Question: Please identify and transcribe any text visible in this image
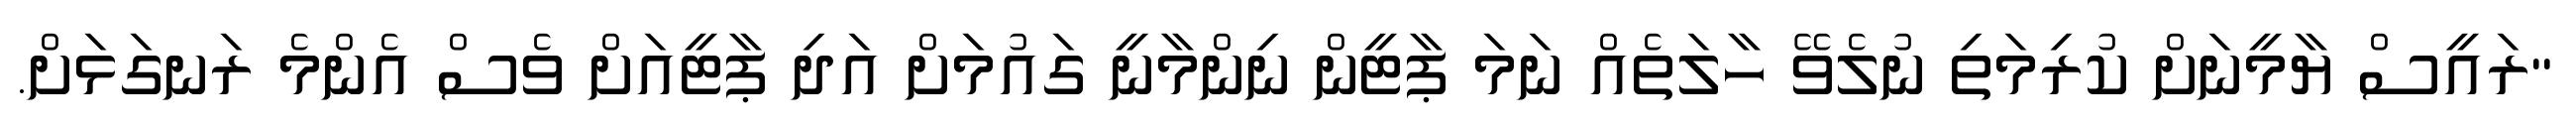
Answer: "ރައީސް ޔާމީނަށް ކުރިމަތި ނުލެވޭ ހާލަތެއް ނަމަ ޕާޓީން ނިންމާނީ ގައުމަށް އަދި ޕާޓީއަށް ވެސް އެންމެ ރަނގަޅަށް.